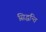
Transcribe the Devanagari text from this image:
सिद्धन्ति